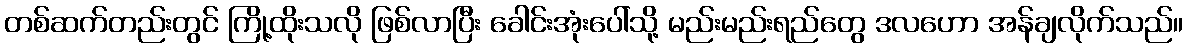
တစ်ဆက်တည်းတွင် ကြို့ထိုးသလို ဖြစ်လာပြီး ခေါင်းအုံးပေါ်သို့ မည်းမည်းရည်တွေ ဒလဟော အန်ချလိုက်သည်။